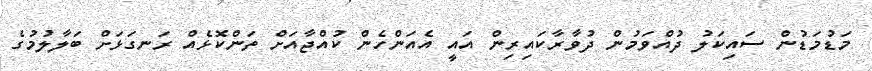
މަޑުމަޑުން ސައިކަލު ދުއްވަމުން ދުވާރާކައިރިން އައީ އެއަންހެން ކުއްޖާއަށް ތަންކޮޅެއް ރަނގަޅަށް ބަލާލުމުގެ